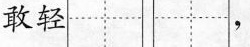
敢轻，